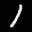
Label: 1